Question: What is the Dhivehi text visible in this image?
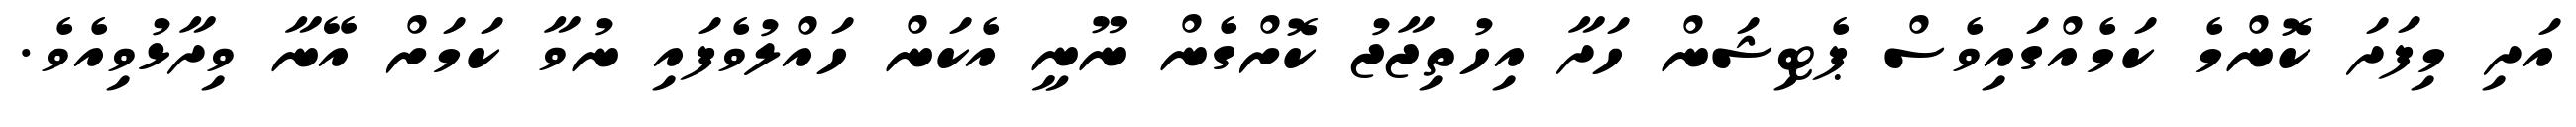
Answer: އަދި މިފަދަ ކޮންމެ ކަމެއްގައިވެސް ޕެޓިޝަން ހަދާ އިހުތިޖާޖު ކޮށްގެން ނޫނީ އެކަން ހައްލުވެފައި ނުވާ ކަމަށް އޭނާ ވިދާޅުވިއެވެ.